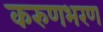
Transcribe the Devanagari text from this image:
करुणभरण